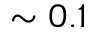
\sim 0 . 1